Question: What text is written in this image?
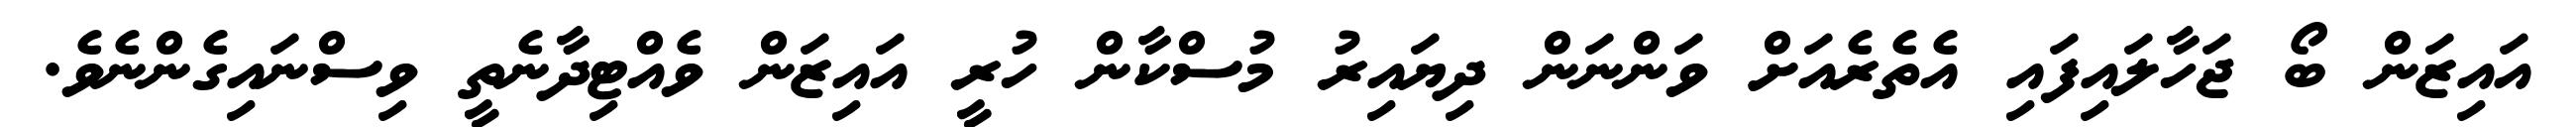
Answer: އައިޒަން ބޯ ޖަހާލައިފައި އެތެރެއަށް ވަންނަން ދިޔައިރު މުސްކާން ހުރީ އައިޒަން ވެއްޓިދާނެތީ ވިސްނައިގެންނެވެ.